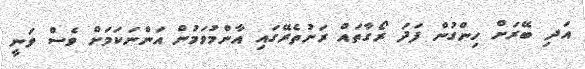
އަދި ބޭރަށް ހިންގުން ފަދަ ރޯގާތައް ރަށުތެރޭގައި އާންމުވަމުން އަންނަކަމަށް ވެސް ވަނީ